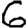
Digit: 6